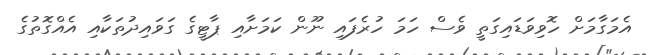
އެމަގާމަށް ހޮވިވަޑައިގަތީ ވެސް ހަމަ ހުރެފައި ނޫން ކަމަށާއި ޕާޓީގެ ގަވައިދުތަކާއި އެއްގޮތުގެ